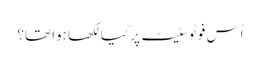
اُس فوٹو سٹیٹ پر کیا لکھا ہوا تھا؟